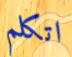
اتكلم